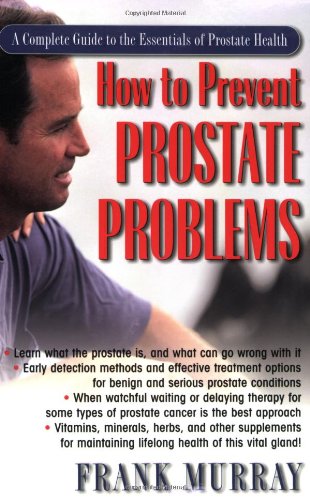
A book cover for How To Prevent Prostate Problems: A Complete Guide to the Essentials of Prostate Health; Frank Murray; Health, Fitness & Dieting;